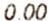
0.00